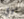
بزي